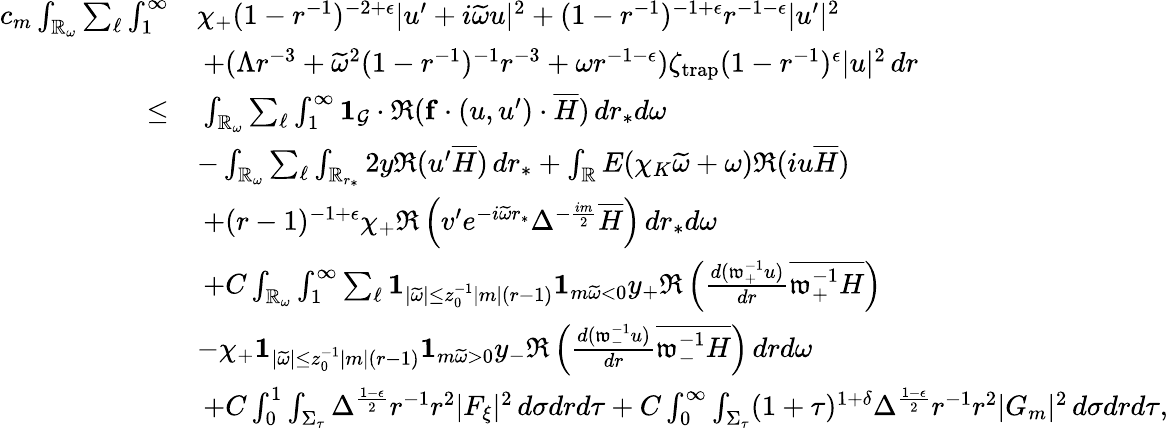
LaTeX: \begin{array}{rl}{c_{m}\int_{\mathbb{R}_{\omega}}\sum_{\ell}\int_{1}^{\infty}}&{\chi_{+}(1-r^{-1})^{-2+\epsilon}|u^{\prime}+i\widetilde{\omega}u|^{2}+(1-r^{-1})^{-1+\epsilon}r^{-1-\epsilon}|u^{\prime}|^{2}}\\ &{\: +(\Lambda r^{-3}+\widetilde{\omega}^{2}(1-r^{-1})^{-1}r^{-3}+\omega r^{-1-\epsilon})\zeta_{\mathrm{trap}}(1-r^{-1})^{\epsilon}|u|^{2}\, dr}\\ {\leq}&{\: \int_{\mathbb{R}_{\omega}}\sum_{\ell}\int_{1}^{\infty}\mathbf{1}_{\mathcal{G}}\cdot\Re(\mathbf{f}\cdot(u,u^{\prime})\cdot\overline{{H}})\, dr_{*}d\omega}\\ &{-\int_{\mathbb{R}_{\omega}}\sum_{\ell}\int_{\mathbb{R}_{r_{*}}}2y\Re(u^{\prime}\overline{{H}})\, dr_{*}+\int_{\mathbb{R}}E(\chi_{K}\widetilde{\omega}+\omega)\Re(iu\overline{{H}})}\\ &{\: +(r-1)^{-1+\epsilon}\chi_{+}\Re\left(v^{\prime}e^{-i\widetilde{\omega}r_{*}}\Delta^{-\frac{im}{2}}\overline{{H}}\right)\, dr_{*}d\omega}\\ &{\: +C\int_{\mathbb{R}_{\omega}}\int_{1}^{\infty}\sum_{\ell}\mathbf{1}_{|\widetilde{\omega}|\leq z_{0}^{-1}|m|(r-1)}\mathbf{1}_{m\widetilde{\omega}<0}y_{+}\Re\left(\frac{d(\mathfrak{w}_{+}^{-1}u)}{dr}\overline{{\mathfrak{w}_{+}^{-1}H}}\right)}\\ &{-\chi_{+}\mathbf{1}_{|\widetilde{\omega}|\leq z_{0}^{-1}|m|(r-1)}\mathbf{1}_{m\widetilde{\omega}>0}y_{-}\Re\left(\frac{d(\mathfrak{w}_{-}^{-1}u)}{dr}\overline{{\mathfrak{w}_{-}^{-1}H}}\right)\, drd\omega}\\ &{\: +C\int_{0}^{1}\int_{\Sigma_{\tau}}\Delta^{\frac{1-\epsilon}{2}}r^{-1}r^{2}|F_{\xi}|^{2}\, d\sigma drd\tau+C\int_{0}^{\infty}\int_{\Sigma_{\tau}}(1+\tau)^{1+\delta}\Delta^{\frac{1-\epsilon}{2}}r^{-1}r^{2}|G_{m}|^{2}\, d\sigma drd\tau,}\end{array}